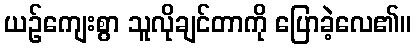
ယဉ်ကျေးစွာ သူလိုချင်တာကို ပြောခဲ့လေ၏။